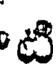
టి